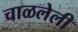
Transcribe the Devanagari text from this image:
चाळलेली